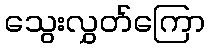
သွေးလွှတ်ကြော